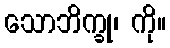
သောဘိက္ခု၊ ကို။